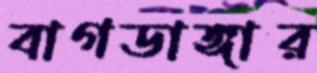
বাগডাঙ্গার